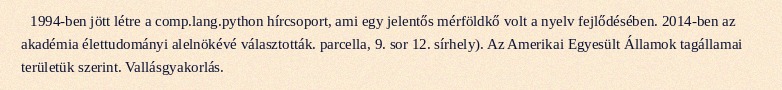
1994-ben jött létre a comp.lang.python hírcsoport, ami egy jelentős mérföldkő volt a nyelv fejlődésében. 2014-ben az akadémia élettudományi alelnökévé választották. parcella, 9. sor 12. sírhely). Az Amerikai Egyesült Államok tagállamai területük szerint. Vallásgyakorlás.